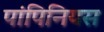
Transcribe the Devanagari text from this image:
पांपिनियस